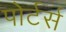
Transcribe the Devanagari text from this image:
पोर्टर्स